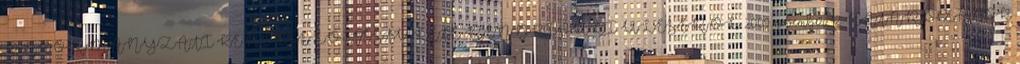
ÖNKORMÁNYZATI KÉPVISELŐ- TESTÜLETE RENDKÍVÜLI ÜLÉSÉRŐL 2009. november 12. HATÁROZATOK